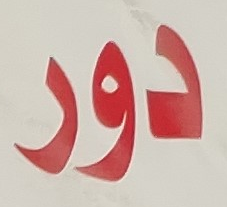
دور